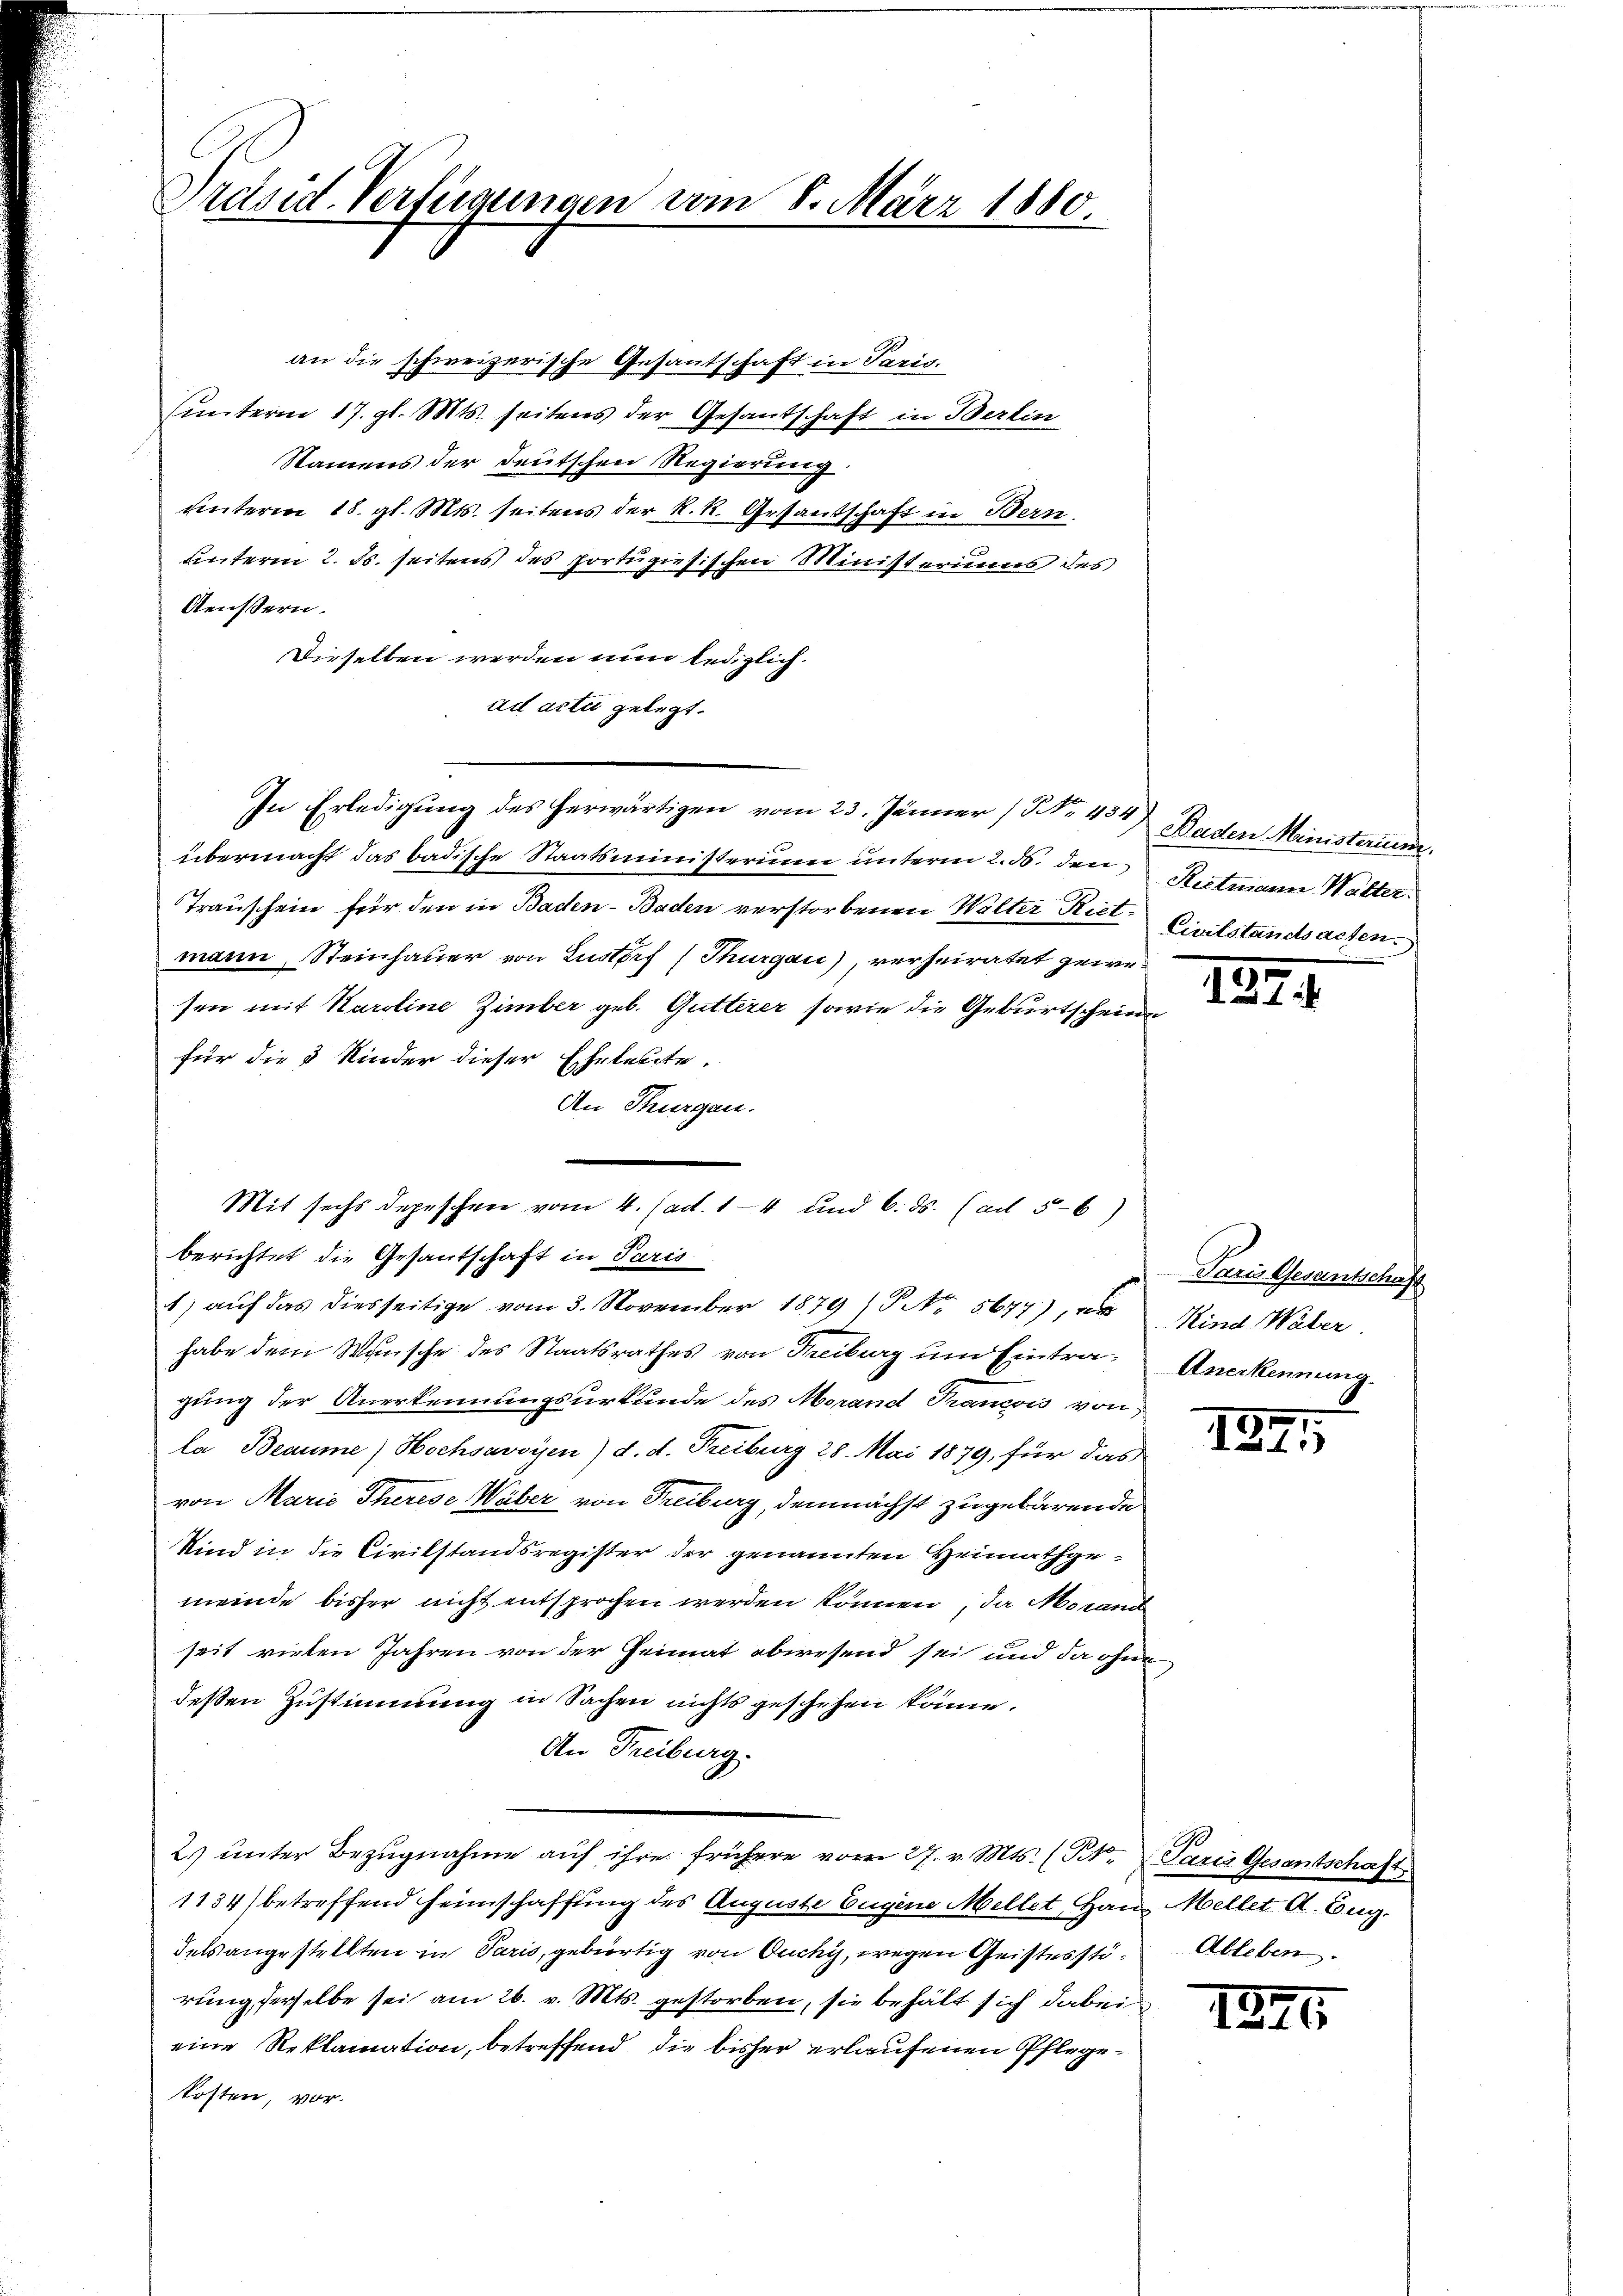
Präsid. Verfügungen vom 8. März 1880.

an die schweizerische Gesantschaft in Paris.
hunterm 17. gl. Mts. seitens der Gesantschaft in Berlin
Namens der Deutschen Regierung.
unterm 18. gl. Mts. seitens der k.k. Gesandschaft in Bern
unterm 2. ds. seitens des portugisischen Ministeriums des
Aeussern.
Dieselben werden nun lediglich.
ad acti gelegt.
In Erledigung des herwärtigen vom 23. Jänner (NNo. 454. Baden Ministerium.
übermacht das badische Staatsministerium unterm 2. ds. den
Trauschein für den in Baden- Baden verstorbenen Walter Riet
mann, Steinhauer von Lustorf (Thurgau), verheiratet gewesen mit Karoline Zimber geb. Gutterer sowie die Geburtscheine
für die 3 Nieder dieser Eheleute.
An Turgen.
Mit sechs depeschen vom 4. Fact. 14 und 6. ds. (ad 56)
berichtet die Gesantschaft in Paris
1) auf das diesseitige vom 3. November 1879 No 5677),
habe dem Wunsche des Staatsrathes von Treiburg um Eintra- Anerkennung
gung der Anerkennungsurkunde des Morand Prancois von
la Beaume) Hochsavoyen) d. d. Freiburg 28. Mai 1879, für das
von Marie Therese Wäber von Freiburg, demnächst zugebärende
Kind in die Civilstandsregister der genannten Heimathgemeinde bisher nicht entsprochen werden können, da Morand
seit vielen Jahren von der Heimat abwesend sei und da ohne
deßen Zustimmung in Sachen nichts geschehen könne.
An Treiburg.
2. ŭnter Bezŭgnahme aŭf ihre frühere vom 27. v. Mts. (T. Paris Gesantschaft
1134) betreffend Heimschaffung des Auguste Eugene Mellet, Haus Mellet A. Zug.
Felsangestellten in Paris, gebürtig von Ouchy, wegen Geistesste Ableben.
rung derselbe sei am 26. v. Mts. gestorben, sie behält sich dabei
eine Reklamation, betreffend die bisher erlaufenen Pflegekosten, vor.

Ristmann Walter:
Civilstandsachen.

22.

Paris Gesantschaft
Kind Waber

19

1246